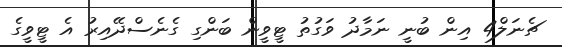
ޗެނަލް4 އިން ބުނީ ނަމާދު ވަގުތު ޓީވީން ބަންގި ގެނެސްދޭއިރު އެ ޓީވީގެ